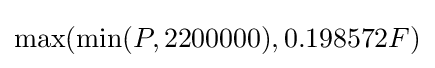
\max(\min(P,2200000),0.198572F)